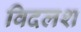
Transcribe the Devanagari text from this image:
विदलश